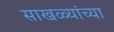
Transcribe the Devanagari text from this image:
साखळ्यांच्या